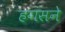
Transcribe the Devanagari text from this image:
हगंसने